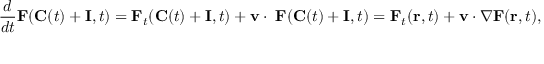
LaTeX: { \frac { d } { d t } } \mathbf { F } ( \mathbf { C } ( t ) + \mathbf { I } , t ) = \mathbf { F } _ { t } ( \mathbf { C } ( t ) + \mathbf { I } , t ) + \mathbf { v \cdot \nabla F } ( \mathbf { C } ( t ) + \mathbf { I } , t ) = \mathbf { F } _ { t } ( \mathbf { r } , t ) + \mathbf { v } \cdot \nabla \mathbf { F } ( \mathbf { r } , t ) ,